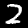
Digit: 2